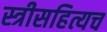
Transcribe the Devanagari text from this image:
स्त्रीसहित्यच